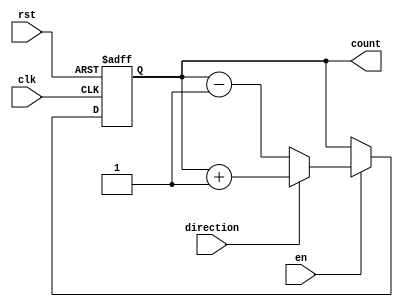
module synchronous_counter (
    input wire clk,
    input wire rst,
    input wire en,
    input wire direction,
    output reg [3:0] count
);

always @ (posedge clk or posedge rst) begin
    if (rst) begin
        count <= 4'd0;
    end else if (en) begin
        if (direction) begin
            count <= count + 1;
        end else begin
            count <= count - 1;
        end
    end
end

endmodule